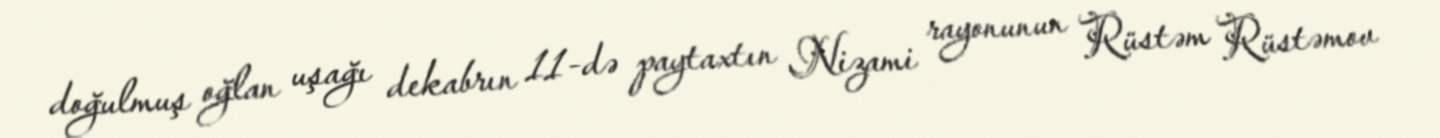
doğulmuş oğlan uşağı dekabrın 11-də paytaxtın Nizami rayonunun Rüstəm Rüstəmov